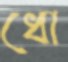
ধো